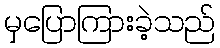
မှပြောကြားခဲ့သည်